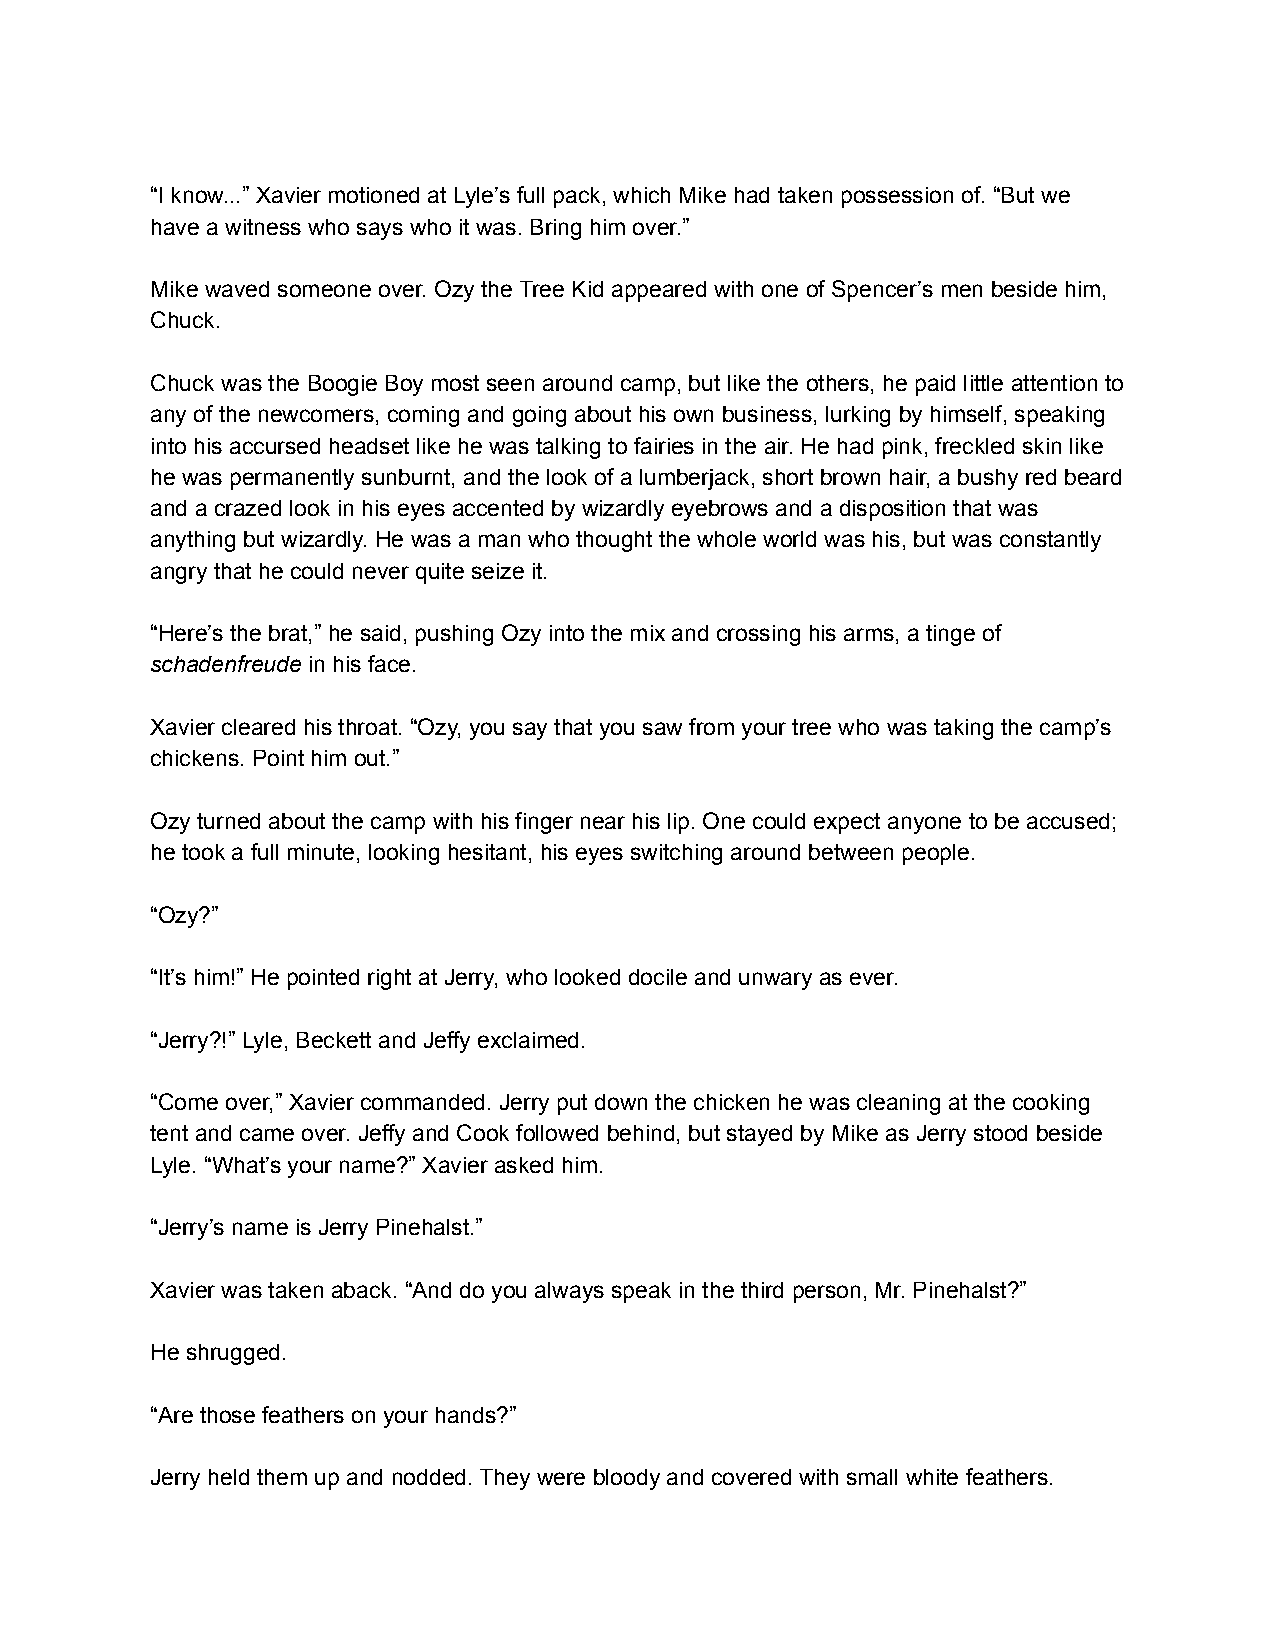
“I know...” Xavier motioned at Lyle’s full pack, which Mike had taken possession of. “But we
 have a witness who says who it was. Bring him over.”
 Mike waved someone over. Ozy the Tree Kid appeared with one of Spencer’s men beside him,
 Chuck.
 Chuck was the Boogie Boy most seen around camp, but like the others, he paid little attention to
 any of the newcomers, coming and going about his own business, lurking by himself, speaking
 into his accursed headset like he was talking to fairies in the air. He had pink, freckled skin like
 he was permanently sunburnt, and the look of a lumberjack, short brown hair, a bushy red beard
 and a crazed look in his eyes accented by wizardly eyebrows and a disposition that was
 anything but wizardly. He was a man who thought the whole world was his, but was constantly
 angry that he could never quite seize it.
 “Here’s the brat,” he said, pushing Ozy into the mix and crossing his arms, a tinge of
 schadenfreude in his face.
 Xavier cleared his throat. “Ozy, you say that you saw from your tree who was taking the camp’s
 chickens. Point him out.”
 Ozy turned about the camp with his finger near his lip. One could expect anyone to be accused;
 he took a full minute, looking hesitant, his eyes switching around between people.
 “Ozy?”
 “It’s him!” He pointed right at Jerry, who looked docile and unwary as ever.
 “Jerry?!” Lyle, Beckett and Jeffy exclaimed.
 “Come over,” Xavier commanded. Jerry put down the chicken he was cleaning at the cooking
 tent and came over. Jeffy and Cook followed behind, but stayed by Mike as Jerry stood beside
 Lyle. “What’s your name?” Xavier asked him.
 “Jerry’s name is Jerry Pinehalst.”
 Xavier was taken aback. “And do you always speak in the third person, Mr. Pinehalst?”
 He shrugged.
 “Are those feathers on your hands?”
 Jerry held them up and nodded. They were bloody and covered with small white feathers.